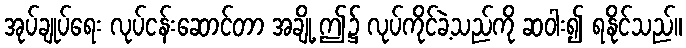
အုပ်ချုပ်ရေး လုပ်ငန်းဆောင်တာ အချို့ ဤ၌ လုပ်ကိုင်ခဲ့သည်ကို ဆဝါး၍ ရနိုင်သည်။